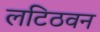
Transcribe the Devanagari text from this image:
लटिठवन